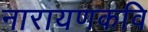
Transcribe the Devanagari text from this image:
नारायणकवि